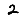
Digit: 2